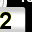
Digit: 2